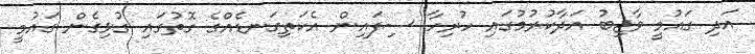
އަދި ގައުމީ ވާޖިބު އަދާކުރުމުގައި ހުރިހާ ސިފައިން އެކަތިގަނޑެއްގެ ގޮތުގައި ގުޅިގެން ގައުމީ